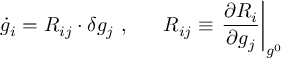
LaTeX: \dot { g } _ { i } = { \cal R } _ { i j } \cdot \delta g _ { j } \ , \ \ \ \ \ { \cal R } _ { i j } \equiv \left. \frac { \partial { \cal R } _ { i } } { \partial g _ { j } } \right| _ { g ^ { 0 } }